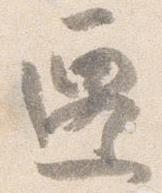
遷